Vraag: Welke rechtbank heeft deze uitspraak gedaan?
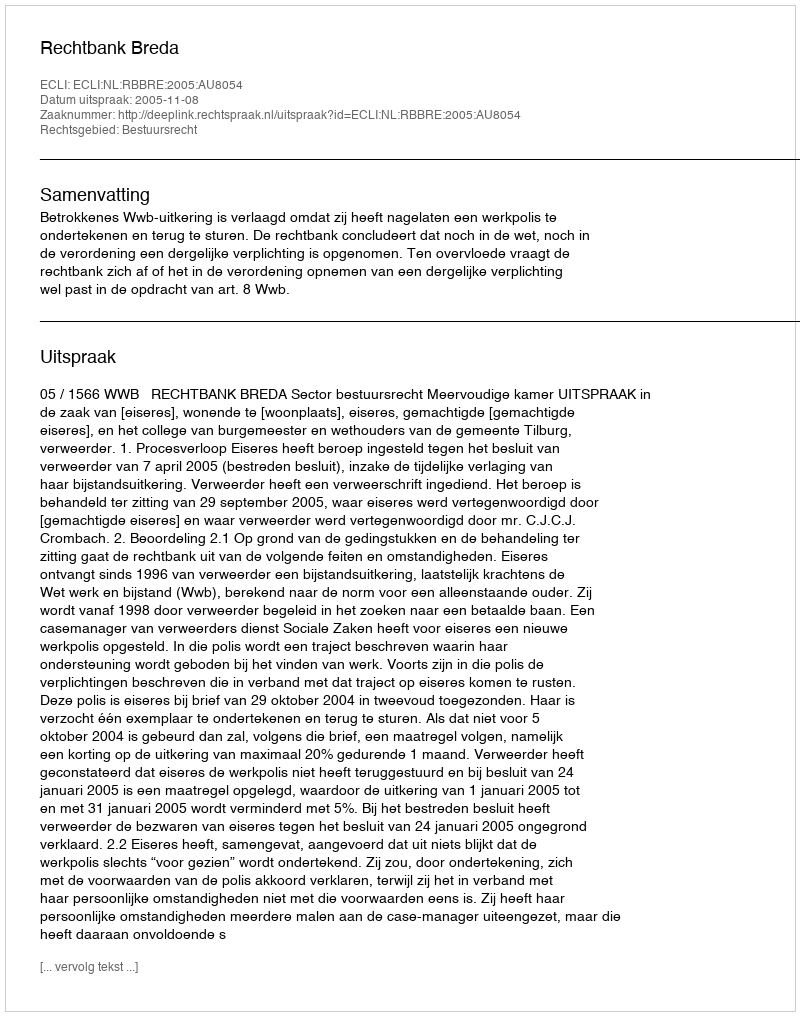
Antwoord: Rechtbank Breda